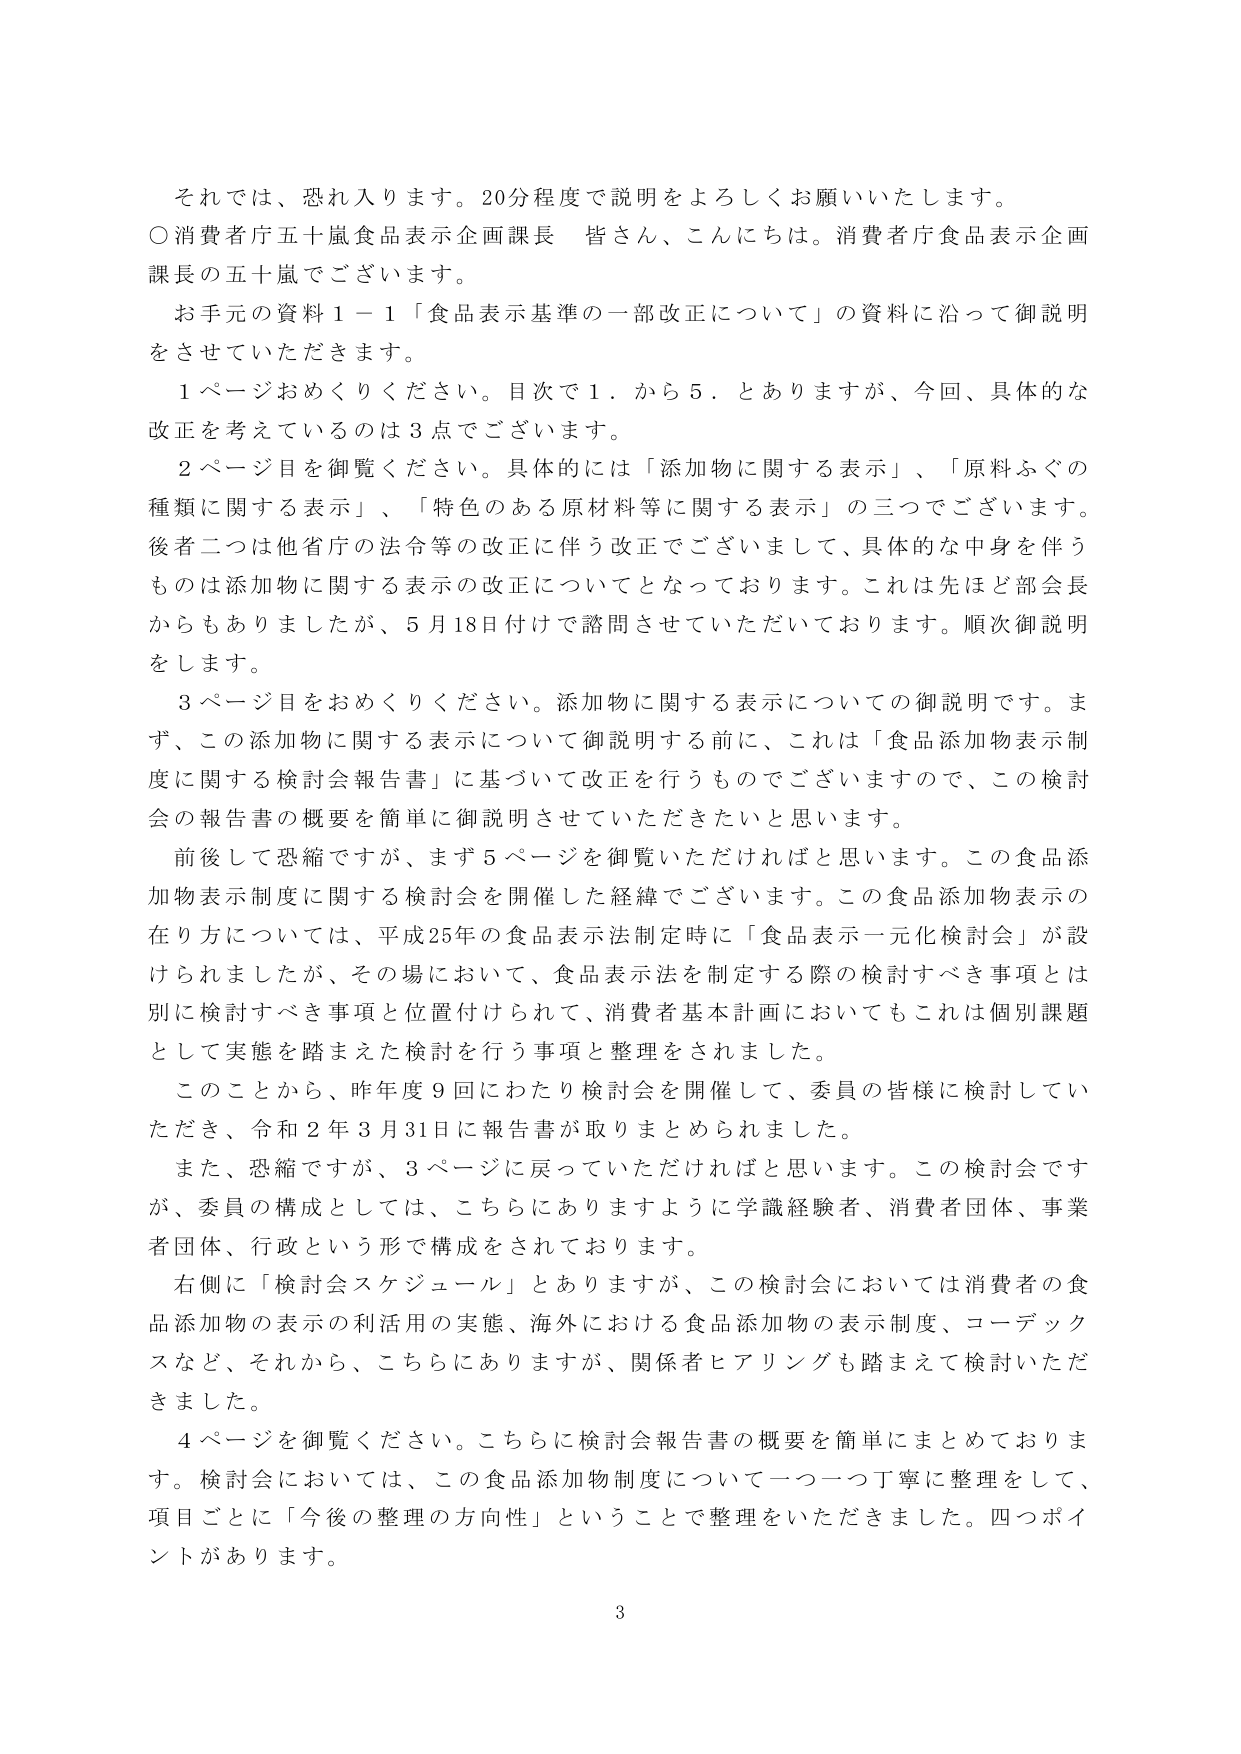
それでは、恐れ入ります。20分程度で説明をよろしくお願いいたします。
○消費者庁五十嵐食品表示企画課長 皆さん、こんにちは。消費者庁食品表示企画課長の五十嵐でございます。
お手元の資料１－１「食品表示基準の一部改正について」の資料に沿って御説明をさせていただきます。
１ページおめくりください。目次で１．から５．とありますが、今回、具体的な改正を考えているのは３点でございます。
２ページ目を御覧ください。具体的には「添加物に関する表示」、「原料ふぐの種類に関する表示」、「特色のある原材料等に関する表示」の三つでございます。後者二つは他省庁の法令等の改正に伴う改正でございまして、具体的な中身を伴うものは添加物に関する表示の改正についてとなっております。これは先ほど部長からもありましたが、５月18日付けで諮問させていただいております。順次御説明をします。
３ページ目をおめくりください。添加物に関する表示についての御説明です。まず、この添加物に関する表示について御説明する前に、これは「食品添加物表示制度に関する検討会報告書」に基づいて改正を行うものでございますので、この検討会の報告書の概要を簡単に御説明させていただきたいと思います。
前後して恐縮ですが、まず５ページを御覧いただければと思います。この食品添加物表示制度に関する検討会を開催した経緯でございます。この食品添加物表示の在り方については、平成25年の食品表示法制定時に「食品表示一元化検討会」が設けられましたが、その場において、食品表示法を制定する際の検討すべき事項とは別に検討すべき事項と位置付けられて、消費者基本計画においてもこれは個別課題として実態を踏まえた検討を行う事項と整理をされました。
このことから、昨年度９回にわたり検討会を開催して、委員の皆様に検討していただき、令和２年３月31日に報告書が取りまとめられました。
また、恐縮ですが、３ページに戻っていただければと思います。この検討会ですが、委員の構成としては、こちらにありますように学識経験者、消費者団体、事業者団体、行政という形で構成をされております。
右側に「検討会スケジュール」とありますが、この検討会においては消費者の食品添加物の表示の利活用の実態、海外における食品添加物の表示制度、コーデックスなど、それから、こちらにありますが、関係者ヒアリングも踏まえて検討いただきました。
４ページを御覧ください。こちらに検討会報告書の概要を簡単にまとめております。検討会においては、この食品添加物制度について一つ一つ丁寧に整理をして、項目ごとに「今後の整理の方向性」ということで整理をいただきました。四つポイントがあります。
3